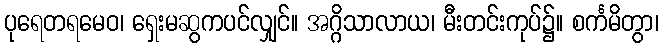
ပုရေတရမေဝ၊ ရှေးမဆွကပင်လျှင်။ အဂ္ဂိသာလာယ၊ မီးတင်းကုပ်၌။ စင်္ကမိတွာ၊